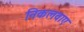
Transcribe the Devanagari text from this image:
निकलवाए